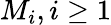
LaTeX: M_{i},i\ge 1